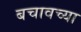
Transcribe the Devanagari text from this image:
बचावच्या